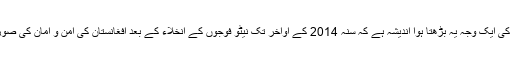
اخبار کہتا ہے کہ ملک چھوڑنے کی ایک وجہ یہ بڑھتا ہوا اندیشہ ہے کہ سنہ 2014 کے اواخر تک نیٹو فوجوں کے انخلاء کے بعد افغانستان کی امن و امان کی صورت حال اور خراب ہو جائے گی۔